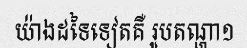
យ៉ាងដទៃទៀតគឺ រូបតណ្ហា១